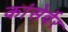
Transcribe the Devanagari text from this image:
कांसेर्वेर